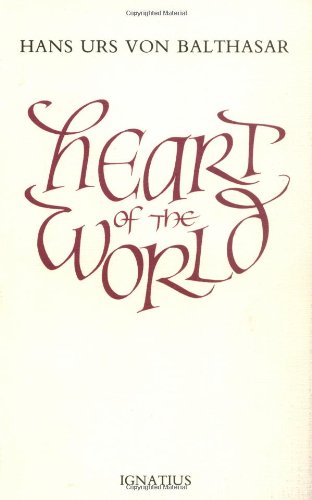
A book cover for Heart of the World; Hans Urs von Balthasar; Christian Books & Bibles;